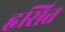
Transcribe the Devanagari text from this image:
हृसित